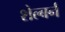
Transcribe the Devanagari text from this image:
शेल्बर्न